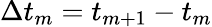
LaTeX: \Delta t_{m}=t_{m+1}-t_{m}